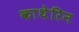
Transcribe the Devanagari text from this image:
काथेरिन